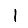
Digit: 1